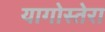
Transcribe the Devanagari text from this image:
यागोस्तेरा